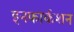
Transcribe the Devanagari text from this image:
इनफार्कशन